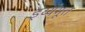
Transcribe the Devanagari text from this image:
इथ्यंभूत